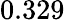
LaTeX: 0.329